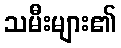
သမီးများ၏